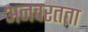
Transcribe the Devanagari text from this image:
अनवरतता